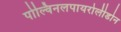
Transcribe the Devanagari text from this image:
पोल्विनलपायरोलीडोन